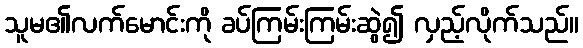
သူမ၏လက်မောင်းကို ခပ်ကြမ်းကြမ်းဆွဲ၍ လှည့်လိုက်သည်။